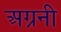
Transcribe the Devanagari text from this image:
अग्रनी